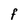
Character: F